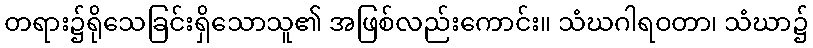
တရား၌ရိုသေခြင်းရှိသောသူ၏ အဖြစ်လည်းကောင်း။ သံဃဂါရဝတာ၊ သံဃာ၌